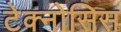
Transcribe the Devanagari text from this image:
टेक्नोसिस